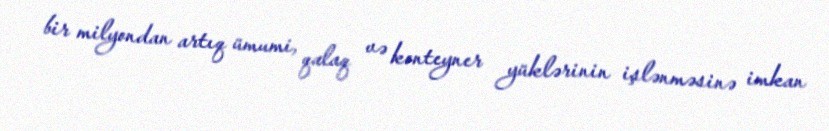
bir milyondan artıq ümumi, qalaq və konteyner yüklərinin işlənməsinə imkan